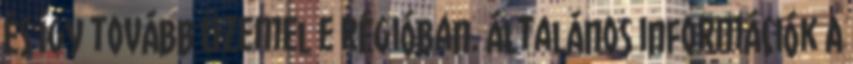
és így tovább üzemel e régióban. Általános információk A